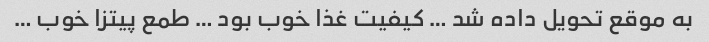
به موقع تحویل داده شد … کیفیت غذا خوب بود … طمع پیتزا خوب …